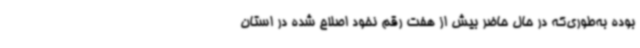
بوده به‌طوری‌که در حال حاضر بیش از هفت رقم نخود اصلاح شده در استان